Document type: Oath
Year: 1447
Scribe: Pere Figuerola
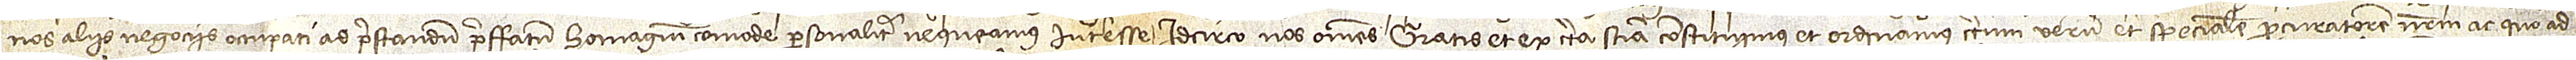
nos aliis negociis occupati ad prestandum preffatum homagium comode personaliter nequeamus interesse; idcirco nos omnes gratis et ex certa sciencia constituimus et ordinamus certum, verum et specialem procuratorem nostrum ac quo ad